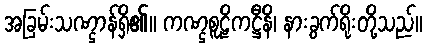
အခြမ်းသဏ္ဌာန်ရှိ၏။ ကဏ္ဌစူဠိကဋ္ဌီနိ၊ နားခွက်ရိုးတို့သည်။